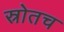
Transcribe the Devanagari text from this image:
स्रोतच